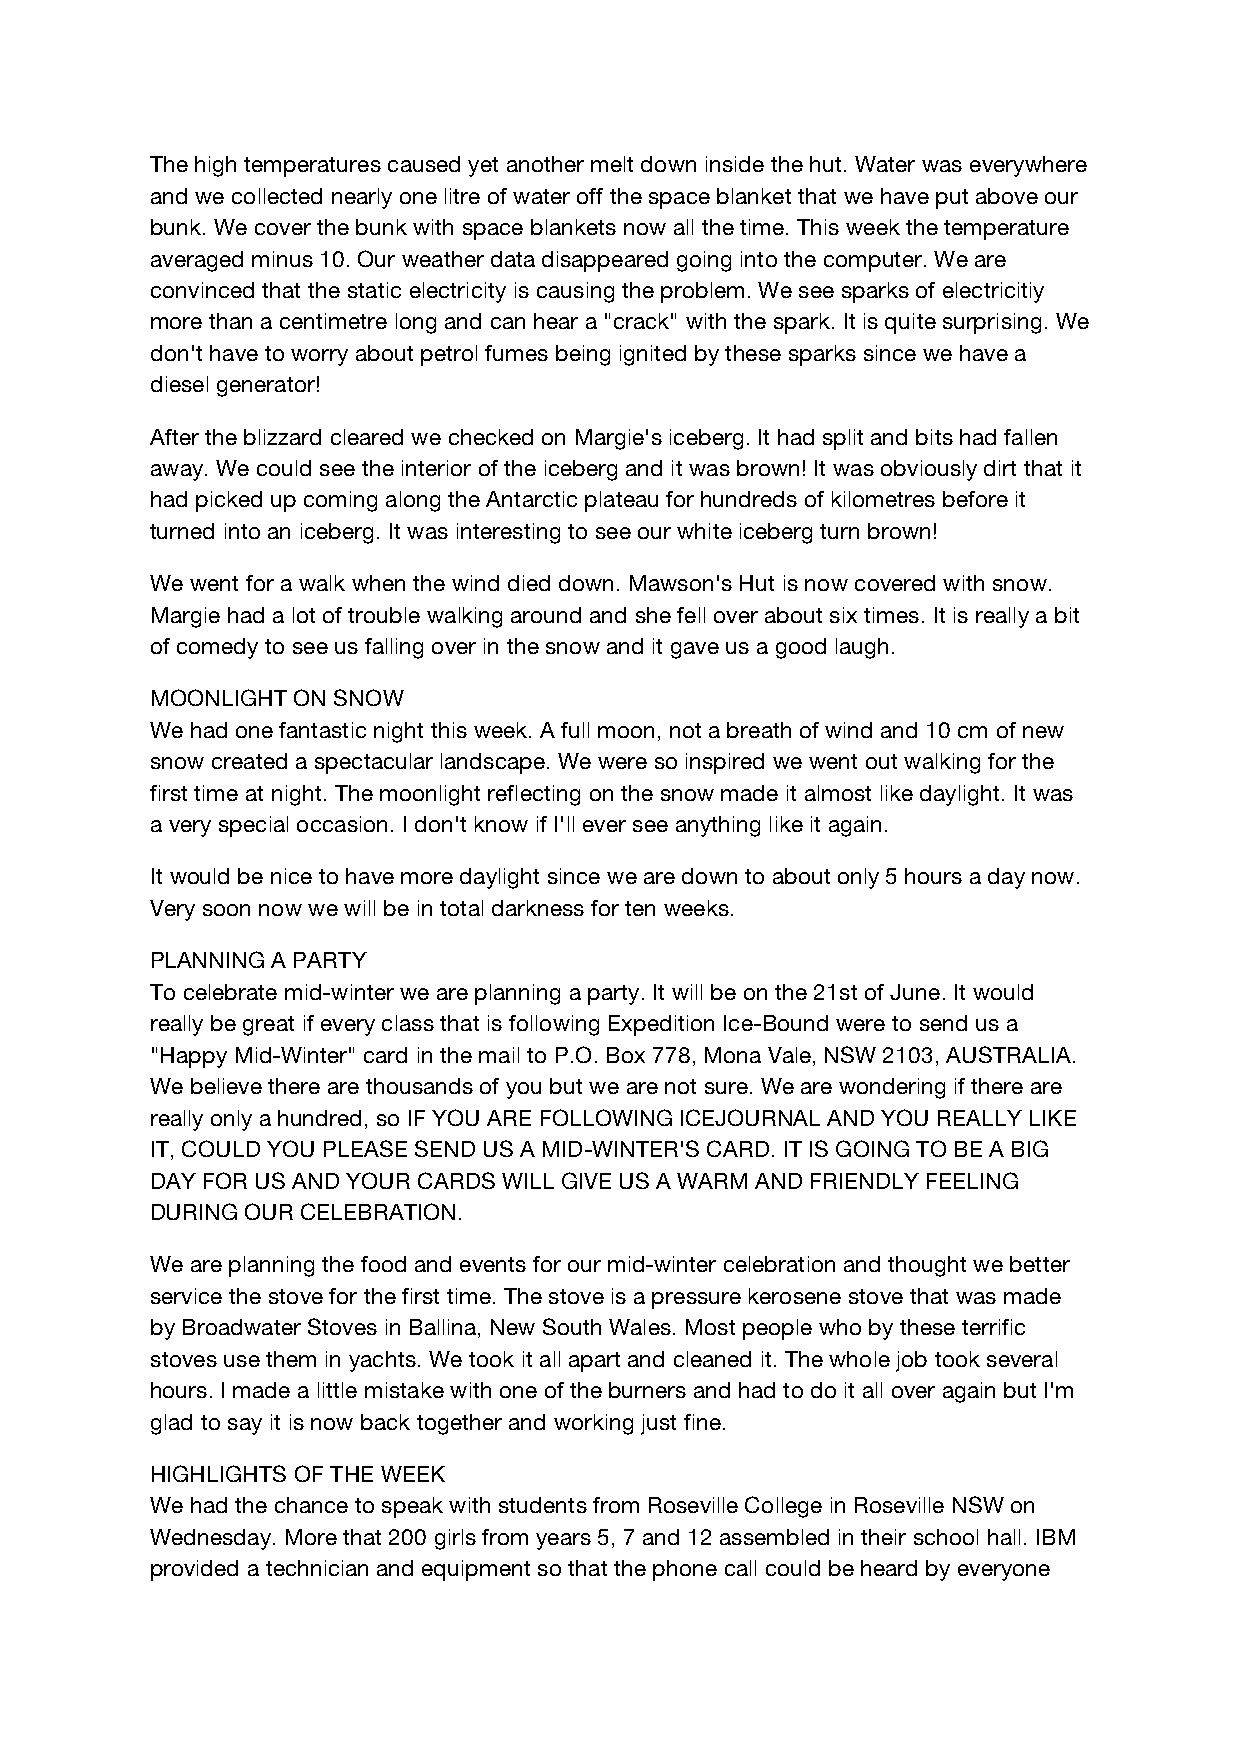
The high temperatures caused yet another melt down inside the hut. Water was everywhere
 and we collected nearly one litre of water off the space blanket that we have put above our
 bunk. We cover the bunk with space blankets now all the time. This week the temperature
 averaged minus 10. Our weather data disappeared going into the computer. We are
 convinced that the static electricity is causing the problem. We see sparks of electricitiy
 more than a centimetre long and can hear a "crack" with the spark. It is quite surprising. We
 don't have to worry about petrol fumes being ignited by these sparks since we have a
 diesel generator!
 After the blizzard cleared we checked on Margie's iceberg. It had split and bits had fallen
 away. We could see the interior of the iceberg and it was brown! It was obviously dirt that it
 had picked up coming along the Antarctic plateau for hundreds of kilometres before it
 turned into an iceberg. It was interesting to see our white iceberg turn brown!
 We went for a walk when the wind died down. Mawson's Hut is now covered with snow.
 Margie had a lot of trouble walking around and she fell over about six times. It is really a bit
 of comedy to see us falling over in the snow and it gave us a good laugh.
 MOONLIGHT ON SNOW
 We had one fantastic night this week. A full moon, not a breath of wind and 10 cm of new
 snow created a spectacular landscape. We were so inspired we went out walking for the
 first time at night. The moonlight reflecting on the snow made it almost like daylight. It was
 a very special occasion. I don't know if I'll ever see anything like it again.
 It would be nice to have more daylight since we are down to about only 5 hours a day now.
 Very soon now we will be in total darkness for ten weeks.
 PLANNING A PARTY
 To celebrate mid-winter we are planning a party. It will be on the 21st of June. It would
 really be great if every class that is following Expedition Ice-Bound were to send us a
 "Happy Mid-Winter" card in the mail to P.O. Box 778, Mona Vale, NSW 2103, AUSTRALIA.
 We believe there are thousands of you but we are not sure. We are wondering if there are
 really only a hundred, so IF YOU ARE FOLLOWING ICEJOURNAL AND YOU REALLY LIKE
 IT, COULD YOU PLEASE SEND US A MID-WINTER'S CARD. IT IS GOING TO BE A BIG
 DAY FOR US AND YOUR CARDS WILL GIVE US A WARM AND FRIENDLY FEELING
 DURING OUR CELEBRATION.
 We are planning the food and events for our mid-winter celebration and thought we better
 service the stove for the first time. The stove is a pressure kerosene stove that was made
 by Broadwater Stoves in Ballina, New South Wales. Most people who by these terrific
 stoves use them in yachts. We took it all apart and cleaned it. The whole job took several
 hours. I made a little mistake with one of the burners and had to do it all over again but I'm
 glad to say it is now back together and working just fine.
 HIGHLIGHTS OF THE WEEK
 We had the chance to speak with students from Roseville College in Roseville NSW on
 Wednesday. More that 200 girls from years 5, 7 and 12 assembled in their school hall. IBM
 provided a technician and equipment so that the phone call could be heard by everyone